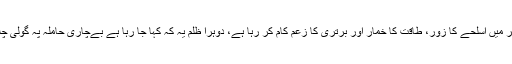
ہر کہانی کے پس منظر میں اسلحے کا زور، طاقت کا خمار اور برتری کا زعم کام کر رہا ہے، دوہرا ظلم یہ کہ کہا جا رہا ہے بےچاری حاملہ پہ گولی چلا دی، دو قتل ہو گئے۔